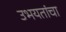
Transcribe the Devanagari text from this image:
उभयतांचा